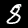
Digit: 8